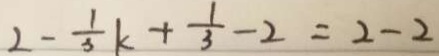
2 - \frac { 1 } { 3 } k + \frac { 1 } { 3 } - 2 = 2 - 2